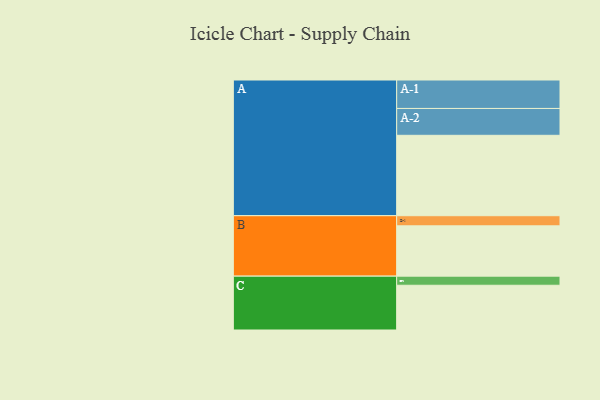
{"axis": {"x": "Segment", "y": "Value"}, "legend": ["", "A", "B", "C"], "data": [{"x": "A", "y": 548, "type": ""}, {"x": "B", "y": 343, "type": ""}, {"x": "C", "y": 305, "type": ""}, {"x": "A-1", "y": 194, "type": "A"}, {"x": "A-2", "y": 183, "type": "A"}, {"x": "B-1", "y": 69, "type": "B"}, {"x": "C-1", "y": 62, "type": "C"}]}